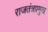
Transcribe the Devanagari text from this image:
राजतंत्रप्रमुख